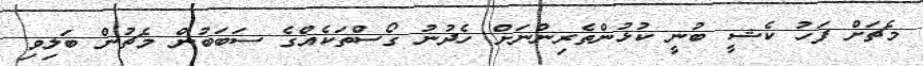
މެޗަށް ފަހު ކެޝީ ބުނީ ކުޅުންތެރިންނަށް ހެދުނު ގޯސްތަކެއްގެ ސަބަބުން މެޗުން ބަލިވި